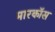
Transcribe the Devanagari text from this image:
मारकॉस